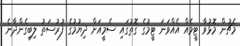
މެޗުން މޮޅުވާ ޓީމެއް އެއްވަނަ ޓީމުގެ ގޮތުގައި ސެމީއަށް ދިޔުމުގެ ފުރުސަތު ލިބިގެންދާނެ